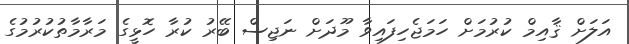
އަލަށް ޤާއިމް ކުރުމަށް ހަމަޖެހިފައިވާ މޫދަށް ނަޖިސް ބޭރު ކުރާ ހޮޅީގެ މަރާމާތުކުރުމުގެ